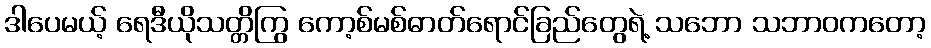
ဒါပေမယ့် ရေဒီယိုသတ္တိကြွ ကော့စ်မစ်ဓာတ်ရောင်ခြည်တွေရဲ့ သဘော သဘာဝကတော့